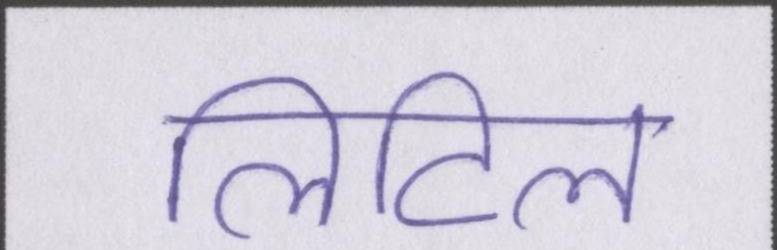
लिटिल